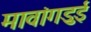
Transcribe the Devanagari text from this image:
मावांगडुई